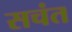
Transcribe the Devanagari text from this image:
सचंत